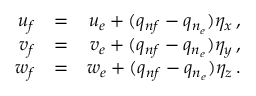
\begin{array} { r l r } { u _ { f } } & { = } & { u _ { e } + ( q _ { n f } - q _ { n _ { e } } ) \eta _ { x } \, \mathrm { , } } \\ { v _ { f } } & { = } & { v _ { e } + ( q _ { n f } - q _ { n _ { e } } ) \eta _ { y } \, \mathrm { , } } \\ { w _ { f } } & { = } & { w _ { e } + ( q _ { n f } - q _ { n _ { e } } ) \eta _ { z } \, \mathrm { . } } \end{array}